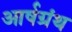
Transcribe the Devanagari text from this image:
आर्षग्रंथ